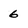
Character: 6